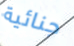
جنائية